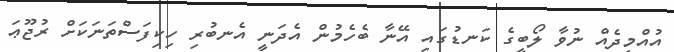
އުއްމީދެއް ނުވާ ލޯބީގެ ކަނޑުގައި އޭނާ ބެހެމުން އެދަނީ އެނބުރި ހިކިފަސްތަނަކަށް ރުޖޫޢަ